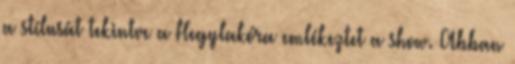
a stílusát tekintve a Hegylakóra emlékeztet a show. Abban